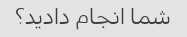
شما انجام دادید؟